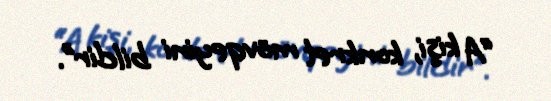
“A kişi, konkret mövqeyini bildir”.